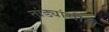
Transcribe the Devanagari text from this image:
तांड्यांचीही